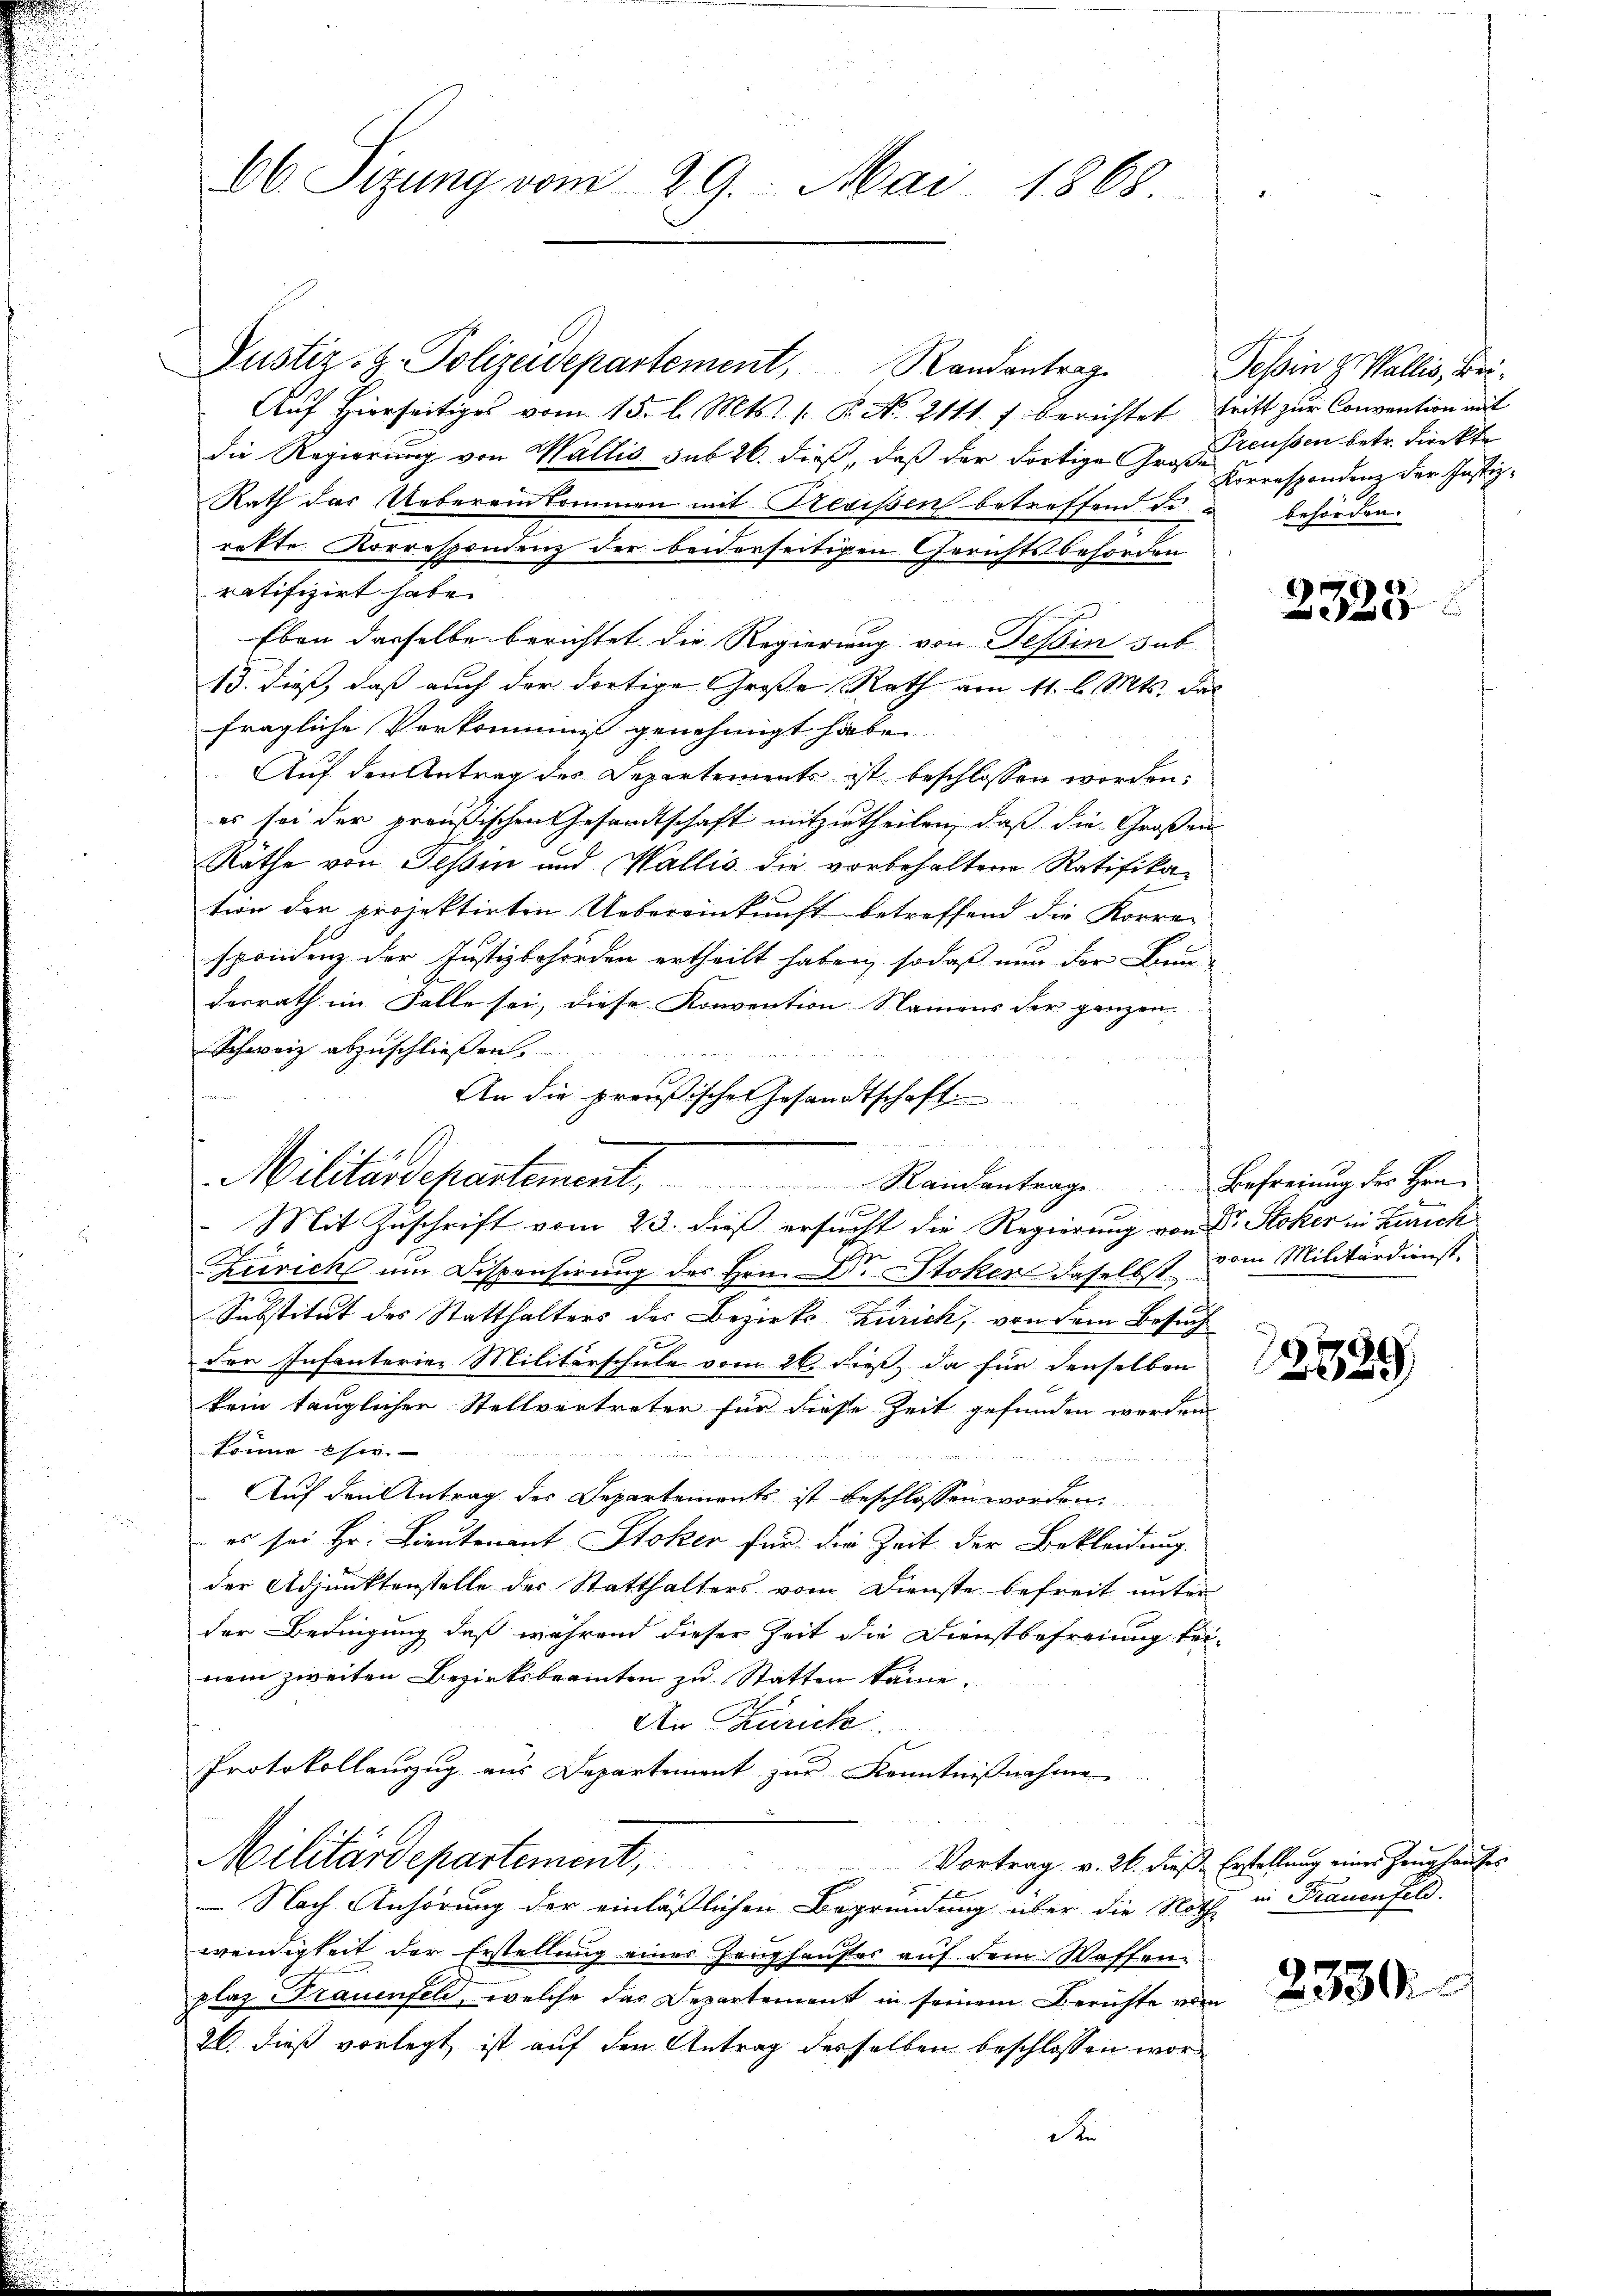
66. Sizung vom 29. Mai 1868.

xx
Militärdepartement, Randantrage Befreiung die Herr

Justiz- H. Polizeidepartement Randantrag
Auf hierseitiges vom 15. l. Mts. 1. P. No. 2111 f berichtet, tritt zur Convention mit
Die Regierung von Wallis sub 26. dieß, daß der dortige Große Herrespondenz der Justiz-
RRath das Uebereinkommen mit Revisen betreffend di
rette Korrespondenz der beiderseitigen Gerichtsbehörden
ratifizirt habe.
Eben dasselbe berichtet die Regierung von Tessin sub-
13. dieß, daß auch der dortige Große Rath am 11. l. Mts. das
fragliche Verkommis genehmigt habe.
Auf den Antrag des Departements ist beschlossen worden:
es sei der preußischen Gesandtschaft mitzutheilen, daß die Großen
Räthe von Teßin und Wallis die vorbehaltene Ratifikation der projektirten Uebereinkunft betreffend die Korre-
sprinenz der Justizbehörden ertheilt haben, so daß nun der Bun
desrath im Falle sei, diese Konvention Namens der ganzen
Schweiz abzuschließen.
An die preußischen Gesandtschaft
Mit Zuschrift vom 23. dieß ersucht die Regierung von Dr. Stoker in Zürich
Zürich um Dispensirung des Hrn. Dr. Stoker daselbst vom Militärdienst-
Substitut des Statthalters des Bezirks-Zürich, von dem Besuch
der Infanterier Militärschule vom 26. dieß, da für denselben
kein tauglicher Stellvertreter für diese Zeit gefunden werden
könne esie.
 Auf den Antrag des Departements ist beschlossen worden.
es sei Hr. Lieutenant Stoker für die Zeit der Bekleidung.
der Adjunktenstelle des Statthalters vom Dienste befreit unter
der Bedingung daß während dieser Zeit die Dienstbefreiung bei-
nem zweiten Bezirksbeamten zu Statten käme.
An Zürich
Protokollauszug aus Departement zur Kenntnißnahme
Militärdepartement, Vortrag v. M. diese Erteilung eine Zeughauten
E
Nach Anhörung der einlässlichen Begründung über die Noth in Frauenfeld.
wendigkeit der Erstellung einer Zeughauses auf dem Waffen
plaz Frauenfeld, welche das Departement in seinem Berichte vom
26. dieß vorlegt ist auf den Antrag desselben beschlossen wor¬
D

Tessin z. Wallis, Bei¬
Preußen betr. direkte
behörden.

2328

2539

2330